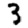
Digit: 3